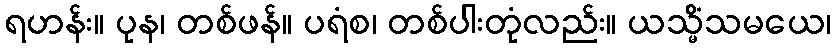
ရဟန်း။ ပုန၊ တစ်ဖန်။ ပရံစ၊ တစ်ပါးတုံလည်း။ ယသ္မိံသမယေ၊